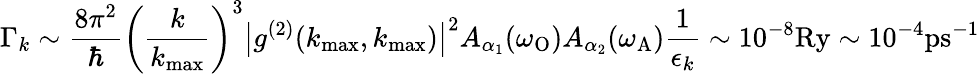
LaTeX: \Gamma_{k}\sim\frac{8\pi^{2}}{\hbar}\left(\frac{k}{k_{\operatorname*{max}}}\right)^{3}\big|g^{(2)}(k_{\operatorname*{max}},k_{\operatorname*{max}})\big|^{2}A_{\alpha_{1}}(\omega_{\mathrm{O}})A_{\alpha_{2}}(\omega_{\mathrm{A}})\frac{1}{\epsilon_{k}}\sim 10^{-8}\mathrm{Ry}\sim 10^{-4}\mathrm{ps}^{-1}